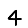
Digit: 4